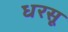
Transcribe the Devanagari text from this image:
धरसू